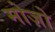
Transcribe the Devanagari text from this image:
मोज़ो